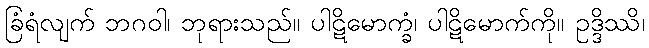
ခြံရံလျက် ဘဂဝါ၊ ဘုရားသည်။ ပါဋိမောက္ခံ၊ ပါဋိမောက်ကို။ ဥဒ္ဒိဿိ၊